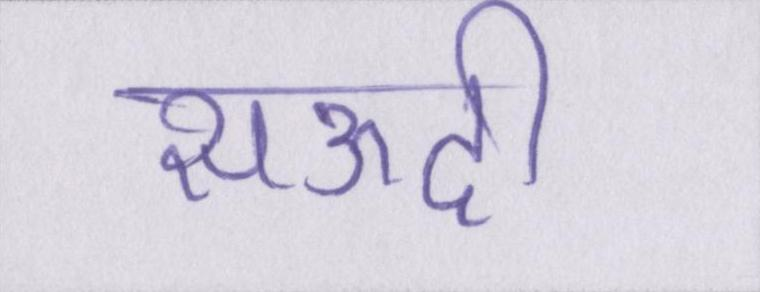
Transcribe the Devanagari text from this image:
सऊदी